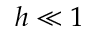
h \ll 1